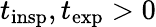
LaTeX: t_{\mathrm{insp}},t_{\mathrm{exp}}>0